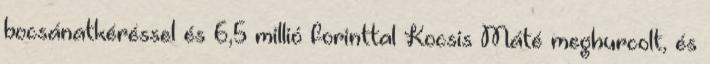
bocsánatkéréssel és 6,5 millió forinttal Kocsis Máté meghurcolt, és